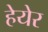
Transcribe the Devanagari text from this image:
हेयेर